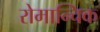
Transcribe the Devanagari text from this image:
रोमान्चिक